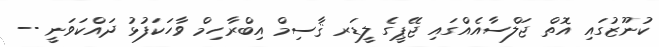
ކުނޫޒުގައި އޮތް ޖަލްސާއެއްގައި ޖޭޕީގެ ލީޑަރ ޤާސިމް އިބްރާހިމް ވާހަކަފުޅު ދައްކަވަނީ --